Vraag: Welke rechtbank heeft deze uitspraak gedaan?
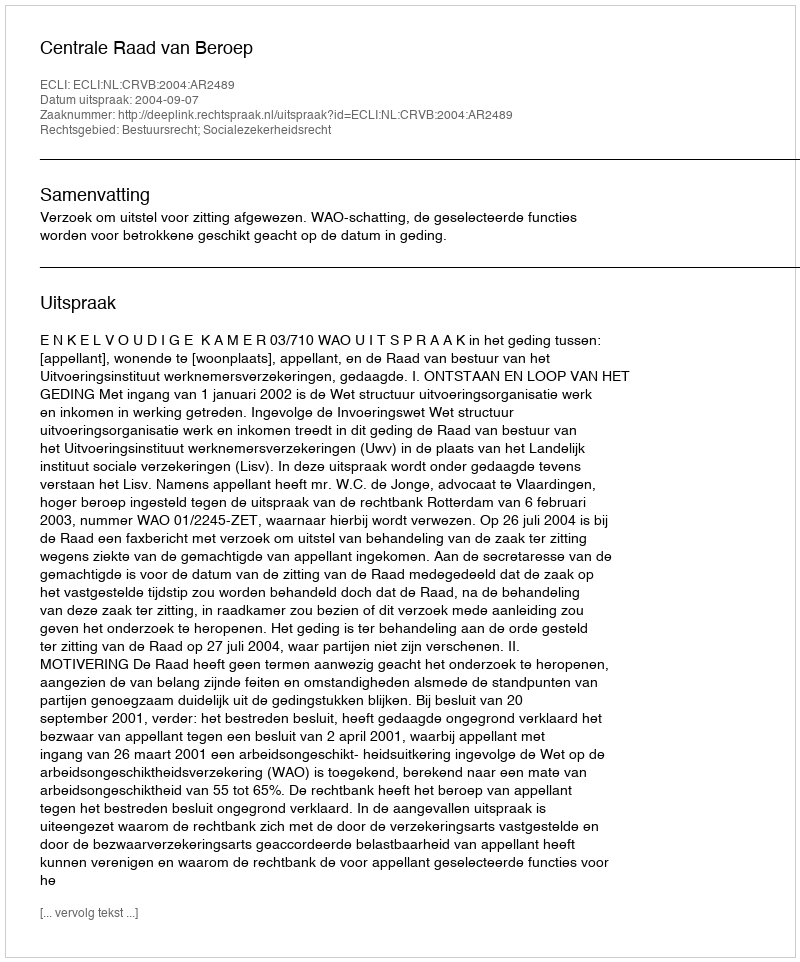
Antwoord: Centrale Raad van Beroep